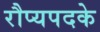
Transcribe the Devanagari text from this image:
रौप्यपदके